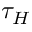
\tau _ { H }